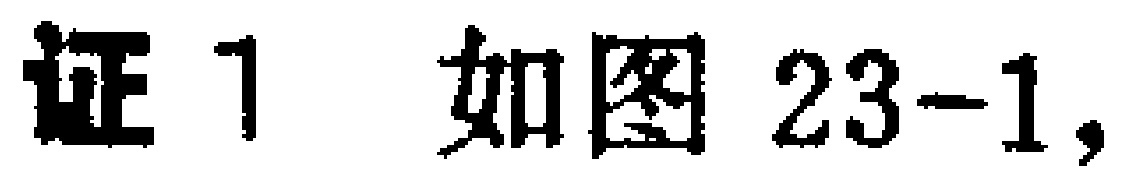
证1 如图23-1,